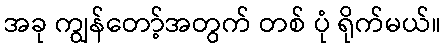
အခု ကျွန်တော့်အတွက် တစ် ပုံ ရိုက်မယ်။